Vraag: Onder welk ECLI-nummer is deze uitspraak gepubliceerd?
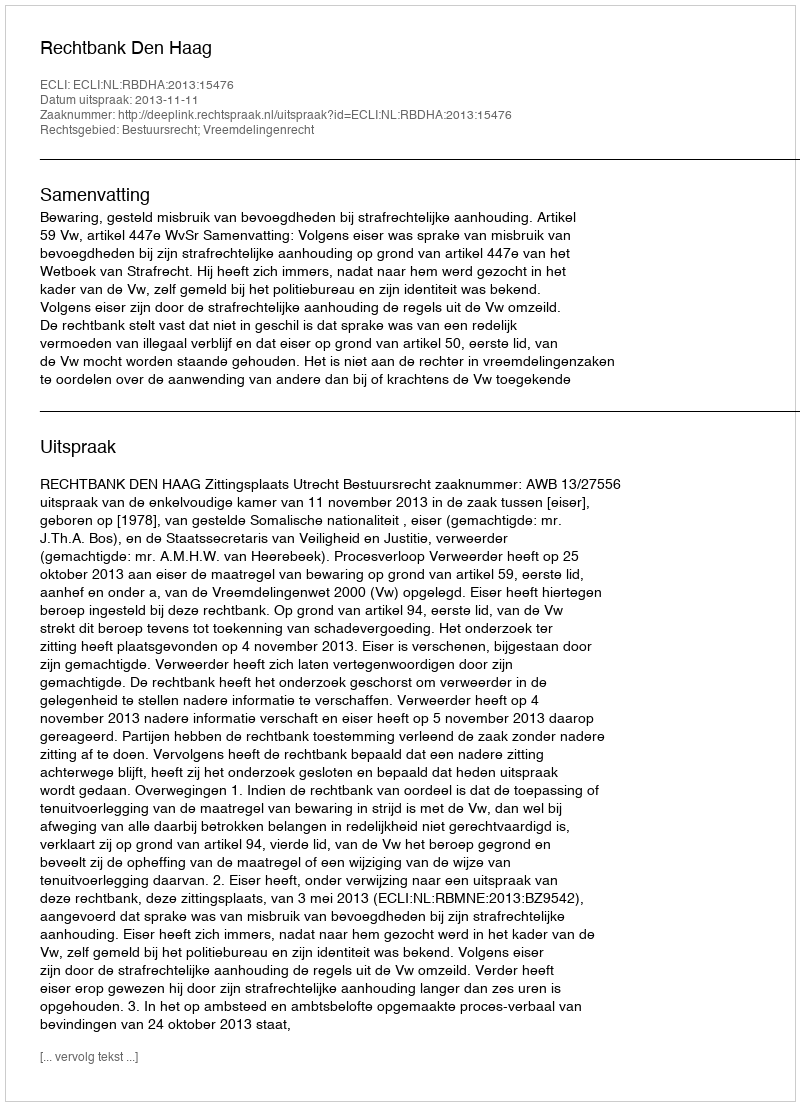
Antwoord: ECLI:NL:RBDHA:2013:15476